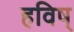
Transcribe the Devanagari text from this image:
हविष्